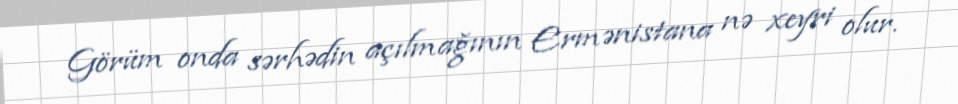
Görüm onda sərhədin açılmağının Ermənistana nə xeyri olur.